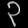
Digit: ၃